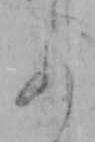
あ